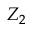
Z _ { 2 }